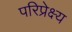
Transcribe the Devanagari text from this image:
परिप्रेक्ष्‍य